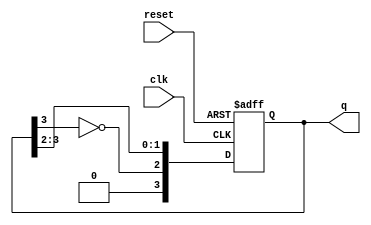
module johnson_counter #(
    parameter N = 4 // Number of flip-flops
) (
    input wire clk,       // Clock input
    input wire reset,     // Asynchronous reset input
    output reg [N-1:0] q // Output state of the counter
);

// Always block for the Johnson counter
always @(posedge clk or posedge reset) begin
    if (reset) begin
        // Asynchronous reset: set all flip-flops to 0
        q <= 0;
    end else begin
        // Johnson counter logic
        q <= {~q[N-1], q[N-1:N-2]}; // Shift and feed the inverted last flip-flop to the first
    end
end

endmodule